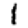
Digit: 1